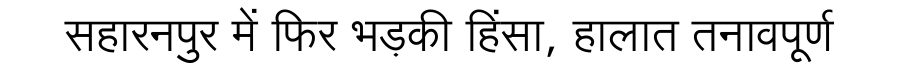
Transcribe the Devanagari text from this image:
सहारनपुर में फिर भड़की हिंसा, हालात तनावपूर्ण